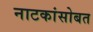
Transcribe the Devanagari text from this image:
नाटकांसोबत